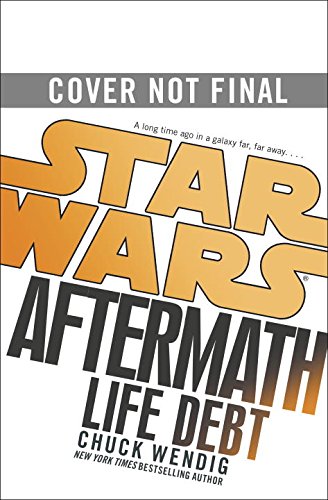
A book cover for Life Debt: Aftermath (Star Wars); Chuck Wendig; Science Fiction & Fantasy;